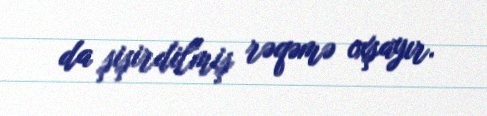
da şişirdilmiş rəqəmə oxşayır.